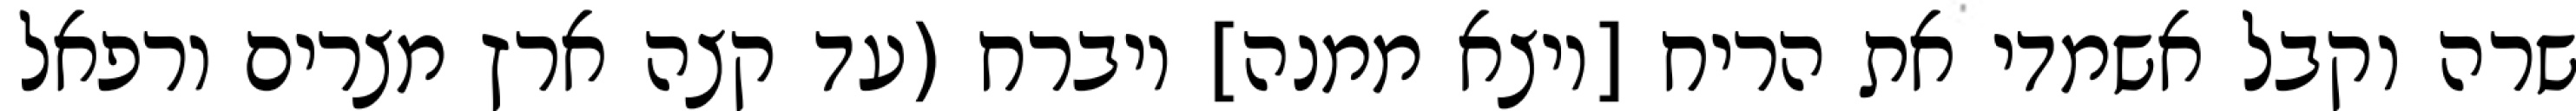
שרה וקבל אשמדי את הריח [ויצא ממנה] ויברח (עד קצה ארץ מצרים ורפאל